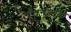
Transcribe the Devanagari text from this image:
गंधनाशक